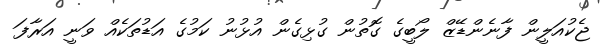
ޖެކުއަލީން ފާނެންޑޭޒް ލޯބީގެ ގޮތުން ގުޅިގެން އުޅުނު ކަމުގެ އަޑުތަކެއް ވަނީ އަރާފަ